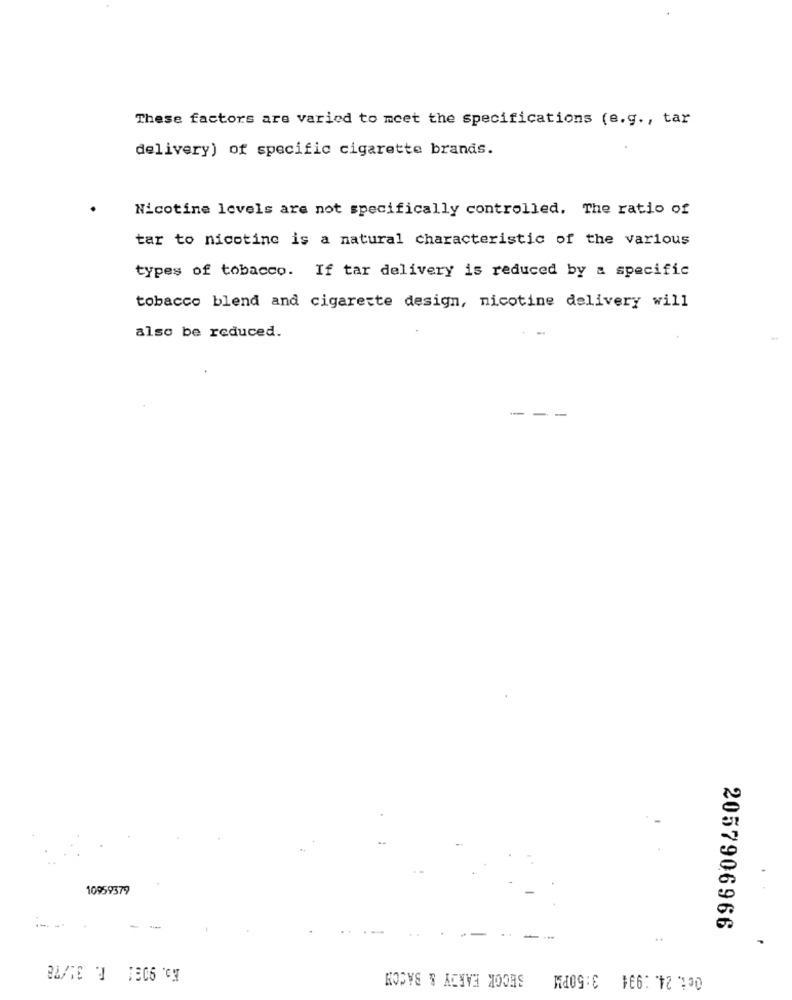
These factors are varied to meet the specifications (e.g ., tar
delivery) of specific cigarette brands.
Nicotine levels are not specifically controlled. The ratio of
tar to nicotine is a natural characteristic of the various
types of tobacco. If tar delivery is reduced by a specific
tobacco blend and cigarette design, nicotine delivery will
also be reduced.
---
10959379
2057906966
-
..
SECOK EARDY & BACCH